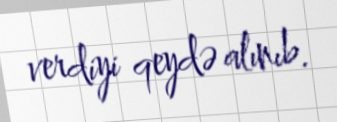
verdiyi qeydə alınıb.